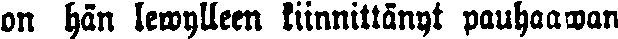
on hän lewylleen kiinnittänyt pauhaawan